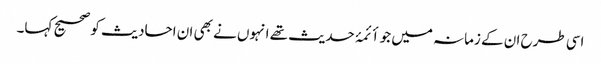
اسی طرح ان کے زمانہ میں جو أئمۂ حدیث تھے انہوں نے بھی ان احادیث کو صحیح کہا۔